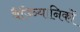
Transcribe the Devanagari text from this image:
वैज्ञ्यिानिकों